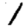
Digit: 1